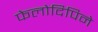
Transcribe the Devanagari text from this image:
फेलोदिपिने